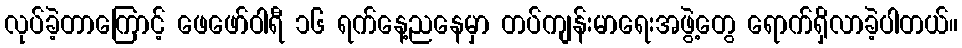
လုပ်ခဲ့တာကြောင့် ဖေဖော်ဝါရီ ၁၆ ရက်နေ့ညနေမှာ တပ်ကျန်းမာရေးအဖွဲ့တွေ ရောက်ရှိလာခဲ့ပါတယ်။